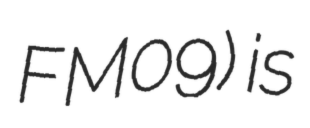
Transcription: FM09) is